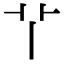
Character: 𦫳